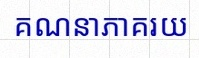
គណនាភាគរយ